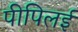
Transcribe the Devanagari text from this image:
पीपिलई